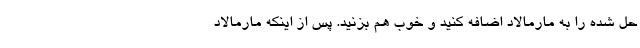
حل شده را به مارمالاد اضافه کنید و خوب هم بزنید. پس از اینکه مارمالاد